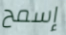
إسمح